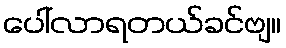
ပေါ်လာရတယ်ခင်ဗျ။